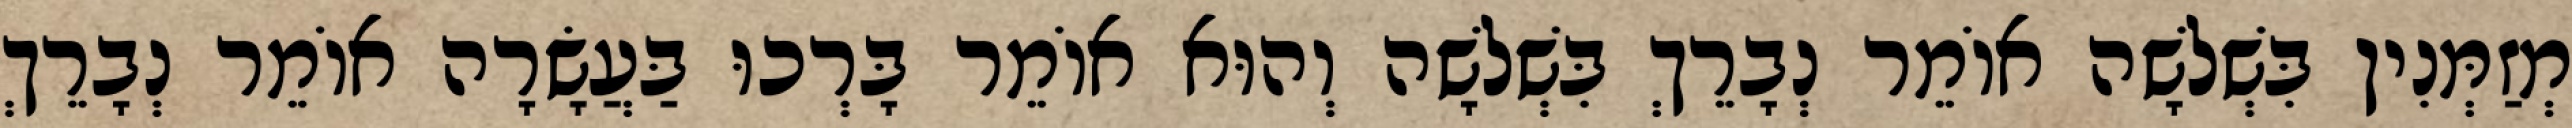
מְזַמְּנִין בִּשְׁלשָׁה אוֹמֵר נְבָרֵךְ בִּשְׁלשָׁה וְהוּא אוֹמֵר בָּרְכוּ בַּעֲשָׂרָה אוֹמֵר נְבָרֵךְ